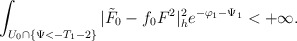
\begin{align*} \int_{U_0\cap\{\Psi<-T_1-2\}}|\tilde{F}_0-f_0F^2|^2_he^{-\varphi_1-\Psi_1}<+\infty. \end{align*}